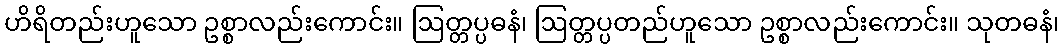
ဟိရိတည်းဟူသော ဥစ္စာလည်းကောင်း။ ဩတ္တပ္ပဓနံ၊ ဩတ္တပ္ပတည်ဟူသော ဥစ္စာလည်းကောင်း။ သုတဓနံ၊